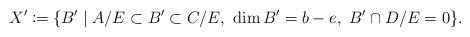
\begin{align*}X'\coloneqq \{B' \mid A/E \subset B' \subset C/E,\ \dim B' = b-e,\ B'\cap D/E = 0 \}.\end{align*}